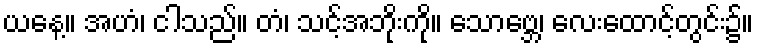
ယနေ့။ အဟံ၊ ငါသည်။ တံ၊ သင့်အဘိုးကို။ သောဗ္ဘေ၊ လေးထောင့်တွင်း၌။